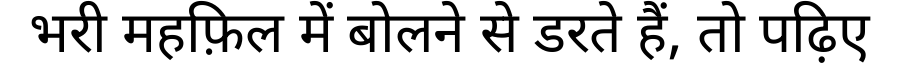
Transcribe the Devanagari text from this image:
भरी महफ़िल में बोलने से डरते हैं, तो पढ़िए